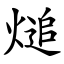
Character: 㷟